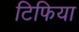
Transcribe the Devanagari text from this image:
टिफिया